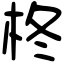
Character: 柊